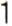
1